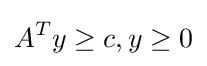
A^{T}y\geq c,y\geq 0